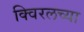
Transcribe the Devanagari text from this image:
क्विरलच्या